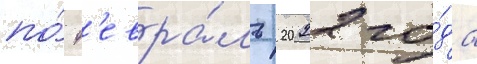
по́ ф'евра́ль 2022 го́да